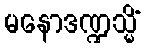
မနောဒဏ္ဍသ္မိံ